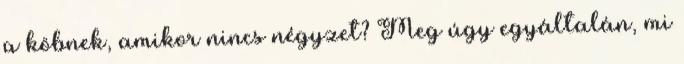
a köbnek, amikor nincs négyzet? Meg úgy egyáltalán, mi